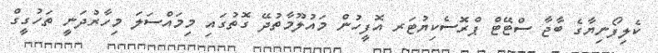
ކެލިފޯނިޔާގެ ބާޖާ ސްޓޭޓް ޕްރޮސެކިޔުޓަރ އޮފީހުން މައުލޫމާތުދޭ ގޮތުގައި މިމައްސަލަ މިހާރުދަނީ ތަހުގީގް